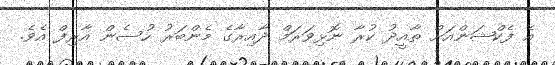
އެ ފެކްޝަންއަށް ތާއީދު ކުރާ ނޮޅިވަރަމް ދާއިރާގެ މެންބަރު ހުސެން އާރިފް އެވެ.